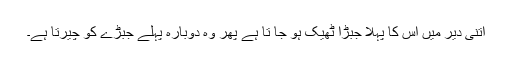
اتنی دیر میں اس کا پہلا جبڑا ٹھیک ہو جا تا ہے پھر وہ دوبارہ پہلے جبڑے کو چیرتا ہے۔